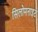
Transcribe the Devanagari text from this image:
सिलोमनाइट